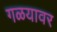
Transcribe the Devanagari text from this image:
गळयावर